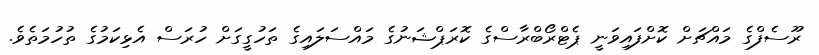
ރޫސެފްގެ މައްޗަށް ކޮށްފައިވަނީ ޕެޓްރޯބްރާސްގެ ކޮރަޕްޝަނުގެ މައްސަލައިގެ ތަހުގީގަށް ހުރަސް އެޅިކަމުގެ ތުހުމަތެވެ.